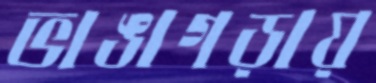
ভাঙাগড়ায়